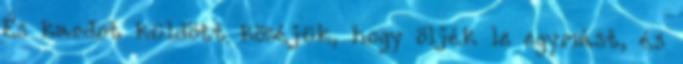
És kardot küldött közéjük, hogy öljék le egymást, és